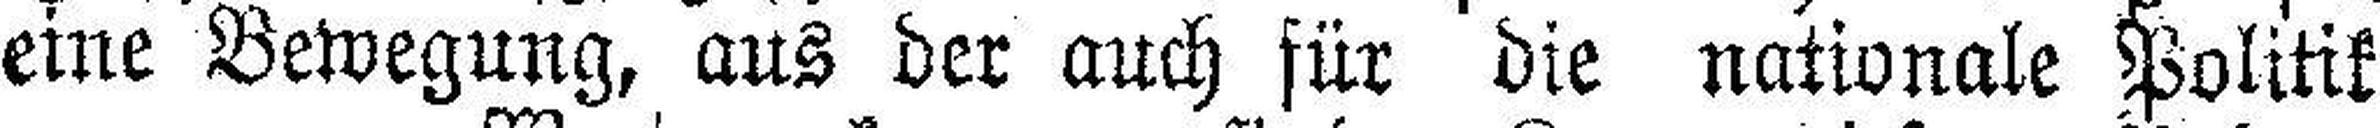
eine Bewegung, aus der auch für die nationale Politik